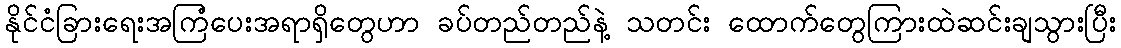
နိုင်ငံခြားရေးအကြံပေးအရာရှိတွေဟာ ခပ်တည်တည်နဲ့ သတင်း ထောက်တွေကြားထဲဆင်းချသွားပြီး